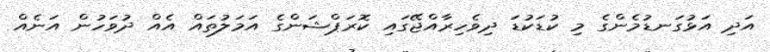
އަދި އަޅުގަނޑުމެންގެ މި ކުޑަކުޑަ ދިވެހިރާއްޖޭގައި ކޮރަޕްޝަންގެ އަމަލުތައް އެއް ދުވަހުން އަނެއް